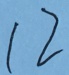
1 2